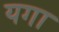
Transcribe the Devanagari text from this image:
यगा